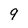
Character: 9